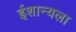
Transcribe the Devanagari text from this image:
ईशान्यला